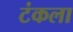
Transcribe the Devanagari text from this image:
टंकला